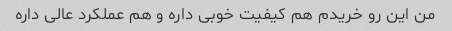
من این رو خریدم هم کیفیت خوبی داره و هم عملکرد عالی داره